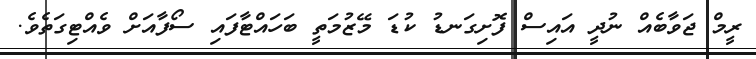
ރީމް ޖަވާބެއް ނުދީ އައިސް ފޮށިގަނޑު ކުޑަ މޭޒުމަތީ ބަހައްޓާފައި ސޯފާއަށް ވެއްޓިގަތެވެ.